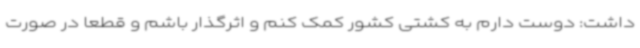
داشت: دوست دارم به کشتی کشور کمک کنم و اثرگذار باشم و قطعا در صورت